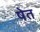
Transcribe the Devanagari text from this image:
षेत